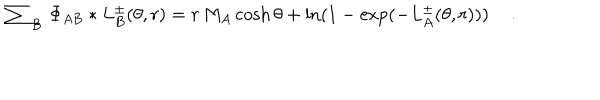
LaTeX: \sum _ { B } \, \Phi _ { A B } \ast L _ { B } ^ { \pm } ( \theta , r ) = r \, M _ { A } \cosh \theta + \ln ( 1 - \exp ( - L _ { A } ^ { \pm } ( \theta , r ) ) ) \quad \, .